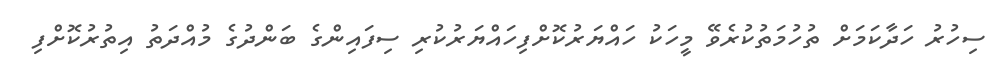
ސިހުރު ހަދާކަމަށް ތުހުމަތުކުރެވޭ މީހަކު ހައްޔަރުކޮށްފިހައްޔަރުކުރި ސިފައިންގެ ބަންދުގެ މުއްދަތު އިތުރުކޮށްފި